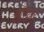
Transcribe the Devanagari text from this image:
हेरियर